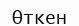
Өткен